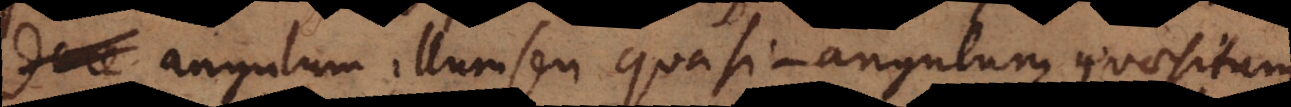
dere angulum illum seu quasi angulum quaesitum